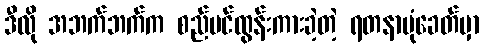
ဒီလို အဘက်ဘက်က စည်ပင်ထွန်းကားခဲ့တဲ့ ရတနာပုံခေတ်မှာ